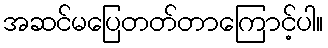
အဆင်မပြေတတ်တာကြောင့်ပါ။